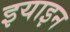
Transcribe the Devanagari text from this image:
इयाइन